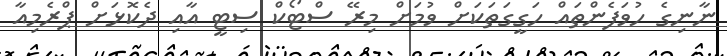
ނާނިގެ ހުވަފެންތައް ހަގީގަތަކަށް ވުމަށް މިރޭ ސްޓޯކް ސިޓީ އާއި ދެކޮޅަށް ޕްރެމިއާ